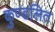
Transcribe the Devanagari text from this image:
कुण्डलित